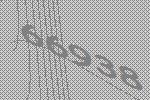
66938